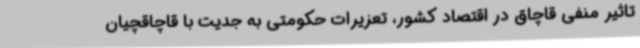
تاثیر منفی قاچاق در اقتصاد کشور، تعزیرات حکومتی به جدیت با قاچاقچیان